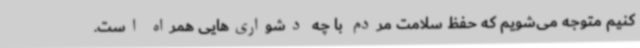
کنیم متوجه می‌شویم که حفظ سلامت مردم با چه دشواری‌هایی همراه است.